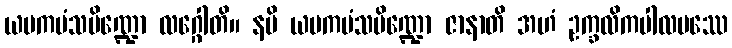
ယမကမံသပိဏ္ဍော လဂ္ဂေါတိ။ နပိ ယမကမံသပိဏ္ဍော ဇာနာတိ အဟံ ဥက္ခလိကပါလပဿေ